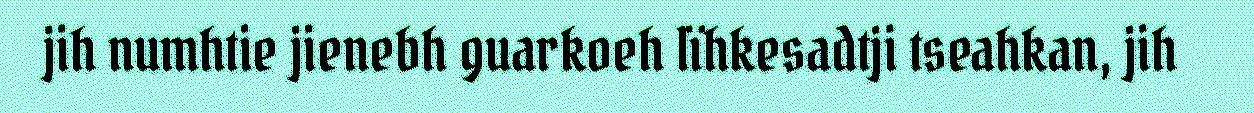
jih numhtie jienebh guarkoeh lïhkesadtji tseahkan, jih